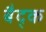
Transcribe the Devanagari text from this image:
बैद्क